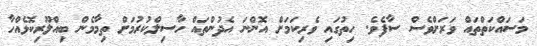
މަސައްކަތްތައް ވަރަށްވެސް ސާފެވެ. ހިތުގައި ވެރިކަމަށް އޮންނަ އެދުންތައް ހާސިލްކުރުމަށް ތިމާމެން ބިއްލޫރިކޮޅެއްހާ